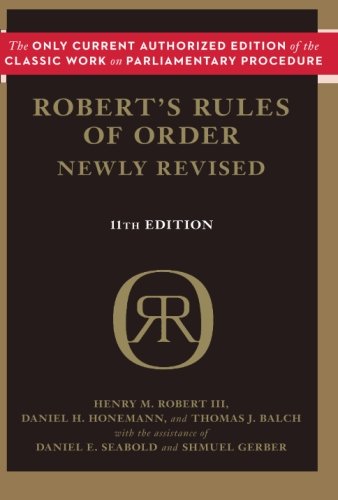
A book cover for Robert's Rules of Order Newly Revised, 11th edition; Henry M. III Robert; Politics & Social Sciences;